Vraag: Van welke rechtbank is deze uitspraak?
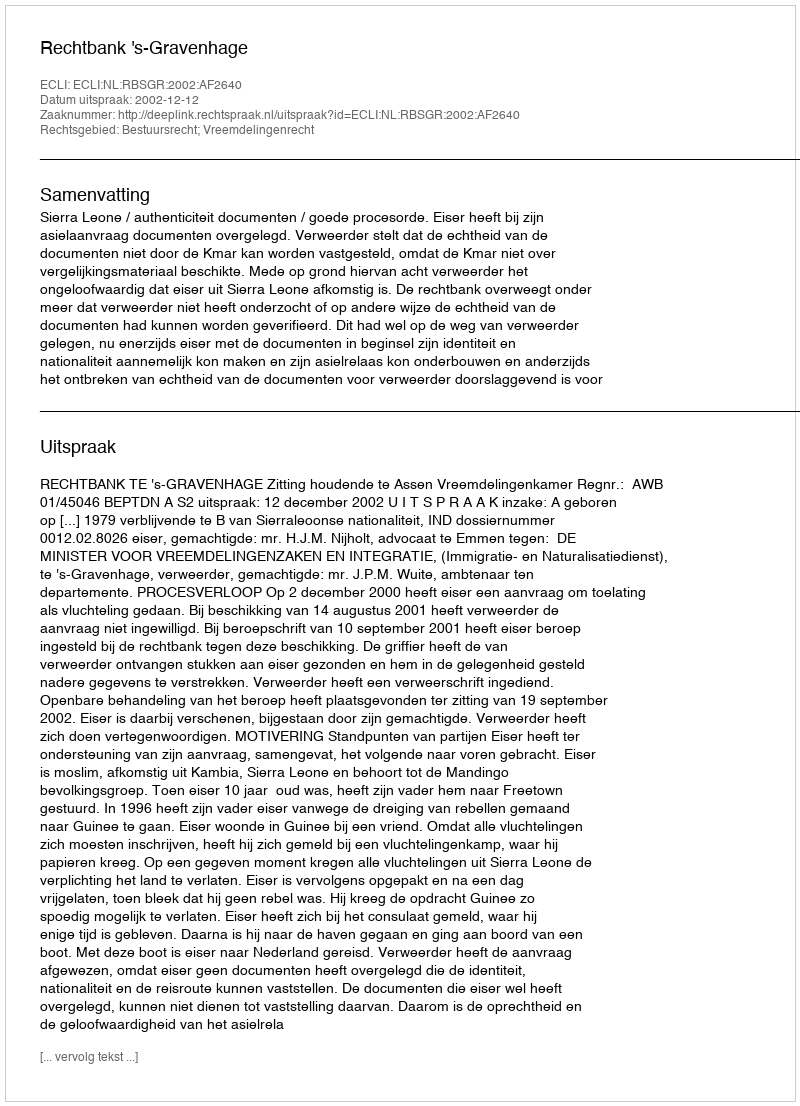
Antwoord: Rechtbank 's-Gravenhage